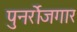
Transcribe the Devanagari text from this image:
पुनर्रोजगार